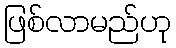
ဖြစ်လာမည်ဟု